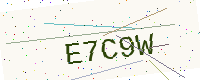
Text: E7C9W